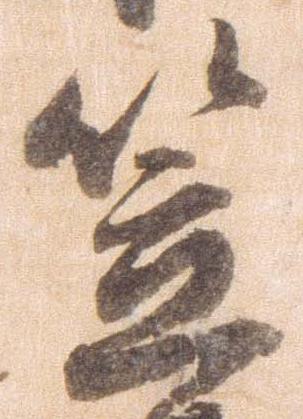
笠